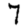
Digit: 7